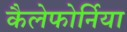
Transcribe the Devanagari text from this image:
कैलेफोर्निया